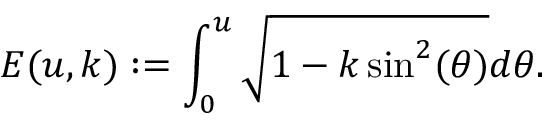
E ( u , k ) : = \int _ { 0 } ^ { u } \sqrt { 1 - k \sin ^ { 2 } ( \theta ) } d \theta .